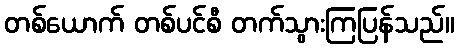
တစ်ယောက် တစ်ပင်စီ တက်သွားကြပြန်သည်။